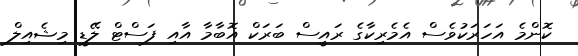
ކޮންމެ އަހަރަކުވެސް އެމެރިކާގެ ރައީސް ބަރަކް އޮބާމާ އާއި ފަސްޓް ލޭޑީ މިޝެއިލް